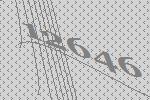
12646